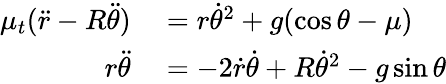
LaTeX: \begin{array}{rl}{\mu_{t}({\ddot{r}}-R{\ddot{\theta}})}&{{}=r{\dot{\theta}}^{2}+g(\cos{\theta}-\mu)}\\ {r{\ddot{\theta}}}&{{}=-2{\dot{r}}{\dot{\theta}}+R{\dot{\theta}}^{2}-g\sin{\theta}}\end{array}